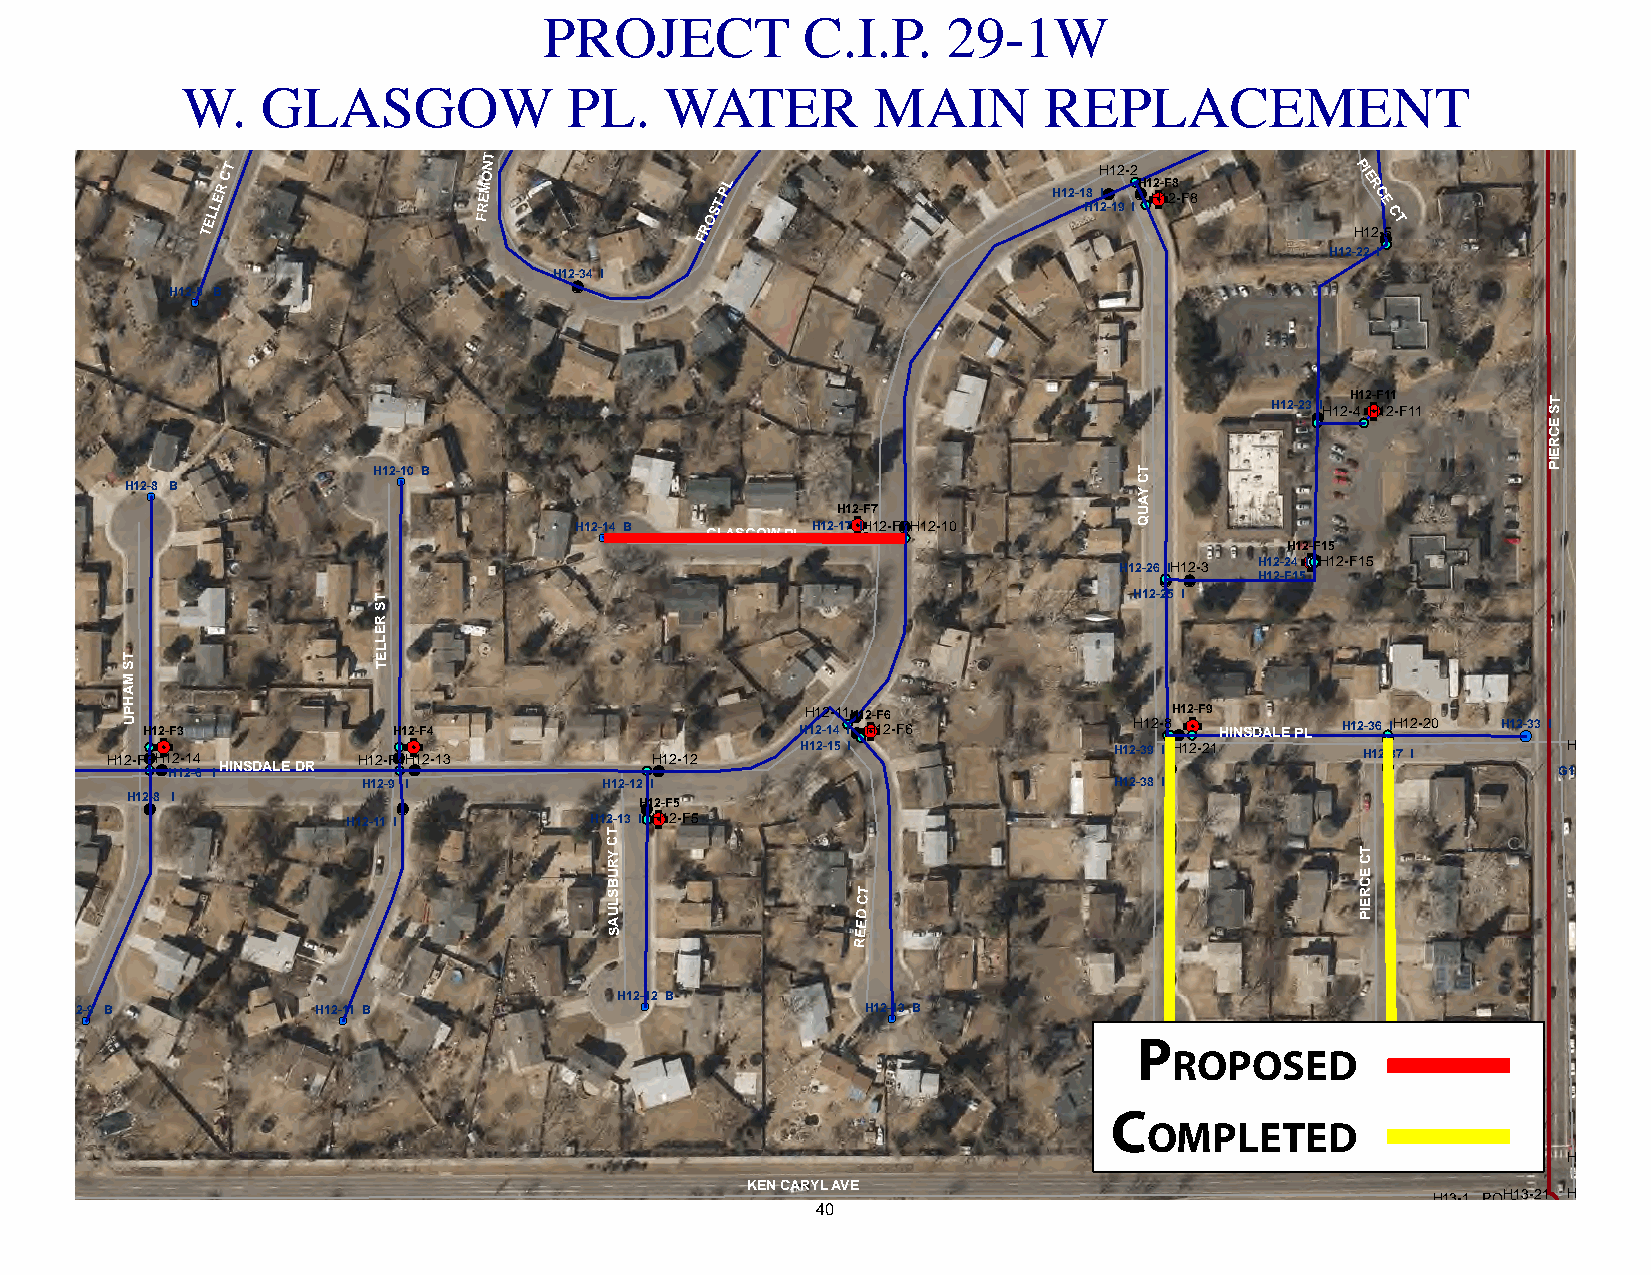
PROJECT          C.I.P.    29-1W
 W.   GLASGOW              PL.   WATER         MAIN        REPLACEMENT
 L
 P
 T
 TELLER
 CT               FREMON
 FROST PL                H12-1 H8 1
 H
 I 2!(
 -1 12
 9
 - 2
 I!(H1G H!.2- 1F 28 -F8
 P HI
 E 1R C 2E
 -!(
 C
 5T
 H12-22 I
 H12!(-34 I
 H12-5 B
 !(
 H12-23!( IH12-H 41G2 !. H-F 11 21 -F11 ST
 E
 C
 R
 E
 H12- !(10 B                                       T C
 PI
 H12 !(-8 B                                                         Y
 A
 H12- !(14 B
 GLASGOW PL
 H12-H 171G!. 2 I- !(HF7
 12-F!(7H12-10
 U
 Q
 H12-26!( IH1 !(2-3 H H1 12 2- -2 FH 4 11 5G 2 !. I!(-F H15 12-F15
 T                                                 H12-25 I
 S
 R
 E
 L
 L
 T                E
 S                T
 M
 A
 H
 H1P U 2-FH
 !(
 31G H!(!.2 1- HF 23
 1- 21 -4
 6
 IHINSDALE DR
 H12-FH
 !(
 41G H!.2 !(1-F 24
 -13            H!(12-12
 H HH 1 11 2 2-2 -1 1- 4 51 1 I IH!( !(1G!.2 H- 1F 26 -F6 H12H -31 92 - I8 !( !(HH !(1 1G!.2 2- -F 29 1HINSDALE PL H12 H-3 16 2!(!(
 -
 I 3H 71 I2-20 H12!(-33 I
 GH 121 -2 5- 1 I8!(
 H12-9 I         H12-12 I                          H12-38 I
 H12!(-8 I
 H12-11
 I!(
 H12-13
 IH!(1G H!.2- 1F 25
 -F5
 T
 C
 Y R
 U
 T C
 E
 B                                                 C
 S                T                                R
 L                C                                E
 U
 A
 ED                               IP
 S                E
 R
 H12-12 B
 H12 !(-9 B       H12- !(11 B          !(             H12- !(13 B
 PH12- !(18 B   H12- !(17 B
 ROPOSED
 C
 OMPLETED
 H12-19!(
 KEN CARYL AVE
 40
 H13-1 PO!(!(")H !(!(!(!(1 H3- 1!(2 31
 -1
 H P1 I3-!(20
 H13-36 I H13-1 PI